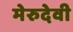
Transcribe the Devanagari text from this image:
मेरुदेवी